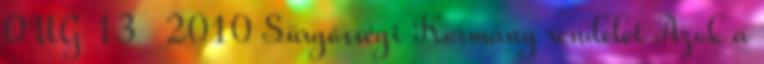
OUG 13 2010 Sürgősségi Kormány rendelet Azok a